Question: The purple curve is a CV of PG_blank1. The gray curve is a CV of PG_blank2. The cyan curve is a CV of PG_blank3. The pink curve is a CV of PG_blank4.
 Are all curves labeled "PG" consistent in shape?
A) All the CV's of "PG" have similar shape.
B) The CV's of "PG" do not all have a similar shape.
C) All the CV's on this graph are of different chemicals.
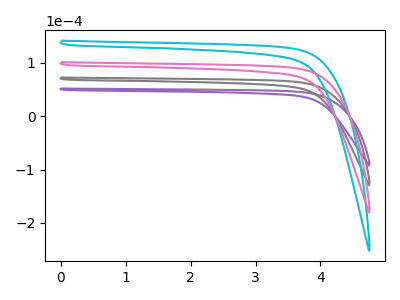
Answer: <think>The purple curve "PG_blank1" has no peaks. The gray curve "PG_blank2" has no peaks. The cyan curve "PG_blank3" has no peaks. The pink curve "PG_blank4" has no peaks.
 Neither "PG_blank1" or "PG_blank2" have any peaks. Neither "PG_blank1" or "PG_blank3" have any peaks. Neither "PG_blank1" or "PG_blank4" have any peaks. Neither "PG_blank2" or "PG_blank3" have any peaks. Neither "PG_blank2" or "PG_blank4" have any peaks. Neither "PG_blank3" or "PG_blank4" have any peaks.</think>
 <answer>A) All the CV's of "PG" have similar shape.</answer>
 <eval>A</eval>